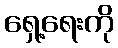
ရှေ့ရေးကို